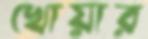
খোয়ার